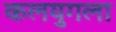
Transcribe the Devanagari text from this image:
कलयुगला